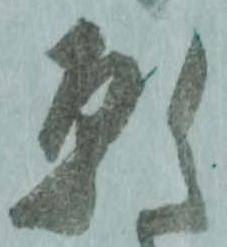
願